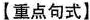
【重点句式】